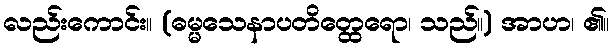
လည်းကောင်း။ (ဓမ္မသေနာပတိတ္ထေရော၊ သည်။) အာဟ၊ ၏။